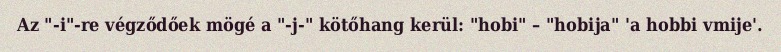
Az "-i"-re végződőek mögé a "-j-" kötőhang kerül: "hobi" – "hobija" 'a hobbi vmije'.